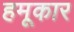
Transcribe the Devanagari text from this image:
हमूकार